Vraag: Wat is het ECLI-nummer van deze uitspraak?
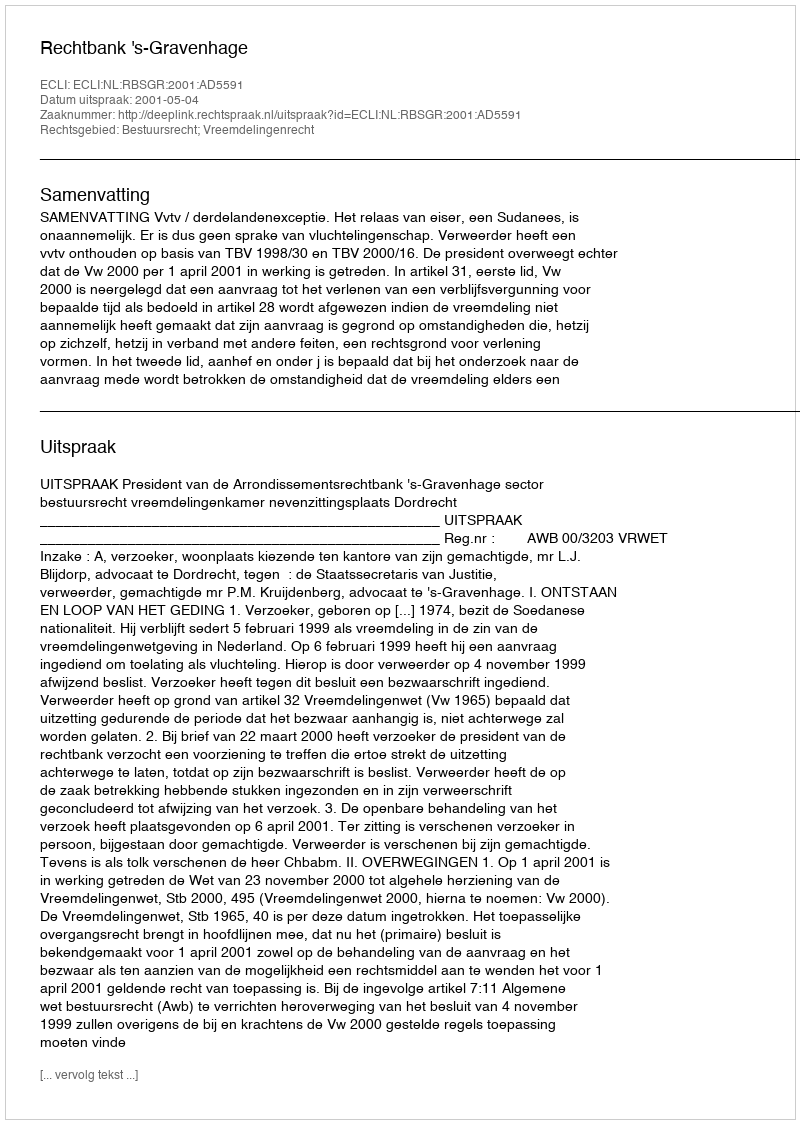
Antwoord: ECLI:NL:RBSGR:2001:AD5591